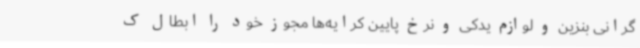
گرانی بنزین و لوازم یدکی و نرخ پایین کرایه‌ها مجوز خود را ابطال ک